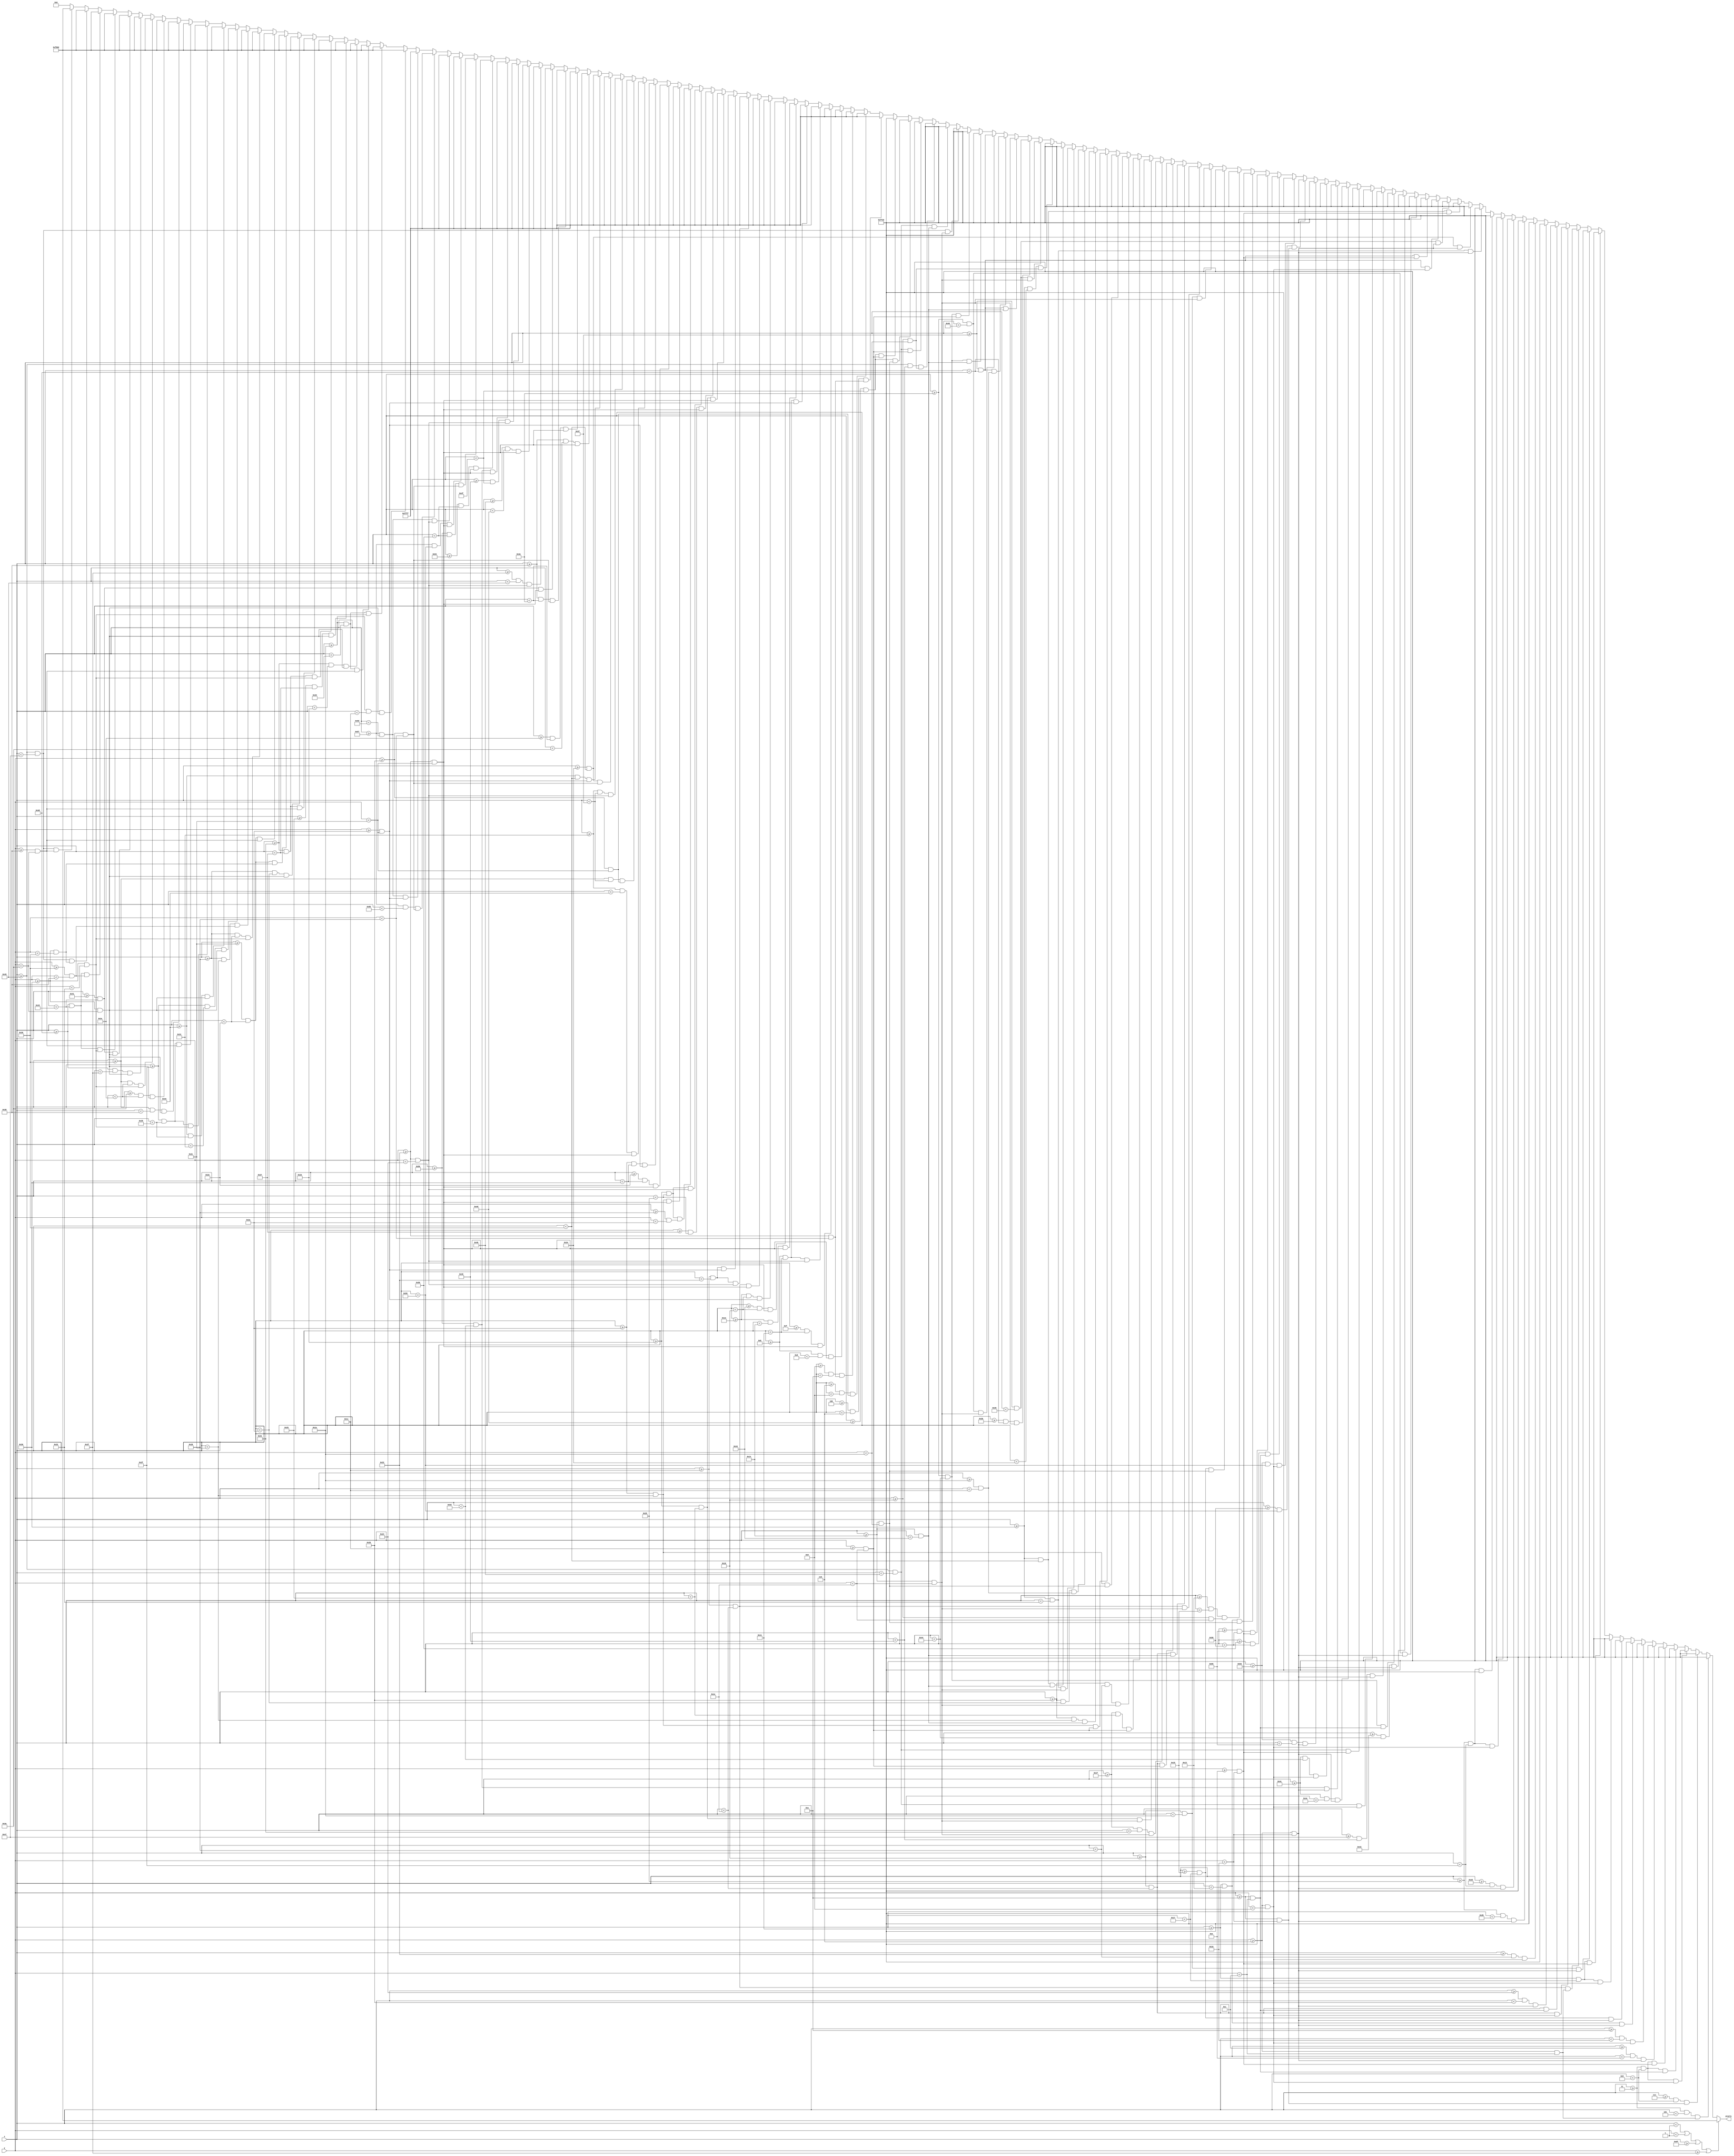
`timescale 1ns / 1ps
//////////////////////////////////////////////////////////////////////////////////
// Company: 
// Engineer: 
// 
// Design Name: 
// Module Name: m4_death_scrn
// Project Name: 
// Target Devices: 
// Tool Versions: 
// Description: 
// 
// Dependencies: 
// 
// Revision:
// Revision 0.01 - File Created
// Additional Comments:
// 
//////////////////////////////////////////////////////////////////////////////////


module m4_death_scrn(
    input [6:0] x,
    input [5:0] y,
    output reg [15:0] pixels
    );
    
    always @ (*) begin
             if (x < 1 || y < 1 || x >= 95 || y >= 63)                  pixels = 16'hF800;

//        Final boss death
        else if ((x >= 3 && x < 3+2)   && (y >= 6 && y < 6+6))          pixels = 16'hFFE0;  
        else if ((x >= 3+4 && x < 3+6) && (y >= 6+4 && y < 6+10))       pixels = 16'hFFE0;  
        else if ((x >= 3 && x < 3+6)   && (y >= 6 && y < 6+2))          pixels = 16'hFFE0;  
        else if ((x >= 3 && x < 3+6)   && (y >= 6+4 && y < 6+6))        pixels = 16'hFFE0;  
        else if ((x >= 3 && x < 3+6)   && (y >= 6+8 && y < 6+10))       pixels = 16'hFFE0;  
        else if ((x >= 10+2 && x < 10+4) && (y >= 6 && y < 6+10))       pixels = 16'hFFE0;  
        else if ((x >= 10 && x < 10+6)   && (y >= 6 && y < 6+2))        pixels = 16'hFFE0;  
        else if ((x >= 17 && x < 17+2)   && (y >= 6 && y < 6+10))       pixels = 16'hFFE0;  
        else if ((x >= 17+4 && x < 17+6) && (y >= 6 && y < 6+10))       pixels = 16'hFFE0;  
        else if ((x >= 17 && x < 17+6)   && (y >= 6 && y < 6+2))        pixels = 16'hFFE0;  
        else if ((x >= 17 && x < 17+6)   && (y >= 6+8 && y < 6+10))     pixels = 16'hFFE0;  
        else if ((x >= 24 && x < 24+2)   && (y >= 6 && y < 6+10))       pixels = 16'hFFE0;  
        else if ((x >= 24+4 && x < 24+6) && (y >= 6 && y < 6+6))        pixels = 16'hFFE0;  
        else if ((x >= 24 && x < 24+6)   && (y >= 6 && y < 6+2))        pixels = 16'hFFE0;  
        else if ((x >= 24 && x < 24+6)   && (y >= 6+4 && y < 6+6))      pixels = 16'hFFE0;  
        else if ((x >= 34+2 && x < 34+4) && (y >= 6 && y < 6+10))       pixels = 16'hFFE0;  
        else if ((x >= 34 && x < 34+6)   && (y >= 6 && y < 6+2))        pixels = 16'hFFE0;  
        else if ((x >= 41 && x < 41+2)   && (y >= 6 && y < 6+10))       pixels = 16'hFFE0;  
        else if ((x >= 41+4 && x < 41+6) && (y >= 6 && y < 6+10))       pixels = 16'hFFE0;  
        else if ((x >= 41 && x < 41+6)   && (y >= 6 && y < 6+2))        pixels = 16'hFFE0;  
        else if ((x >= 41 && x < 41+6)   && (y >= 6+8 && y < 6+10))     pixels = 16'hFFE0;  
        else if ((x >= 48 && x < 48+2)   && (y >= 6 && y < 6+10))       pixels = 16'hFFE0;  
        else if ((x >= 48+4 && x < 48+6) && (y >= 6 && y < 6+10))       pixels = 16'hFFE0;  
        else if ((x >= 48 && x < 48+6)   && (y >= 6+8 && y < 6+10))     pixels = 16'hFFE0;  
        else if ((x >= 55 && x < 55+2)   && (y >= 6 && y < 6+10))       pixels = 16'hFFE0;  
        else if ((x >= 55 && x < 55+6)   && (y >= 6 && y < 6+2))        pixels = 16'hFFE0;  
        else if ((x >= 55 && x < 55+6)   && (y >= 6+8 && y < 6+10))     pixels = 16'hFFE0;  
        else if ((x >= 62 && x < 62+2)   && (y >= 6 && y < 6+10))       pixels = 16'hFFE0;  
        else if ((x >= 62+4 && x < 62+6) && (y >= 6 && y < 6+10))       pixels = 16'hFFE0;  
        else if ((x >= 62 && x < 62+6)   && (y >= 6+4 && y < 6+6))      pixels = 16'hFFE0;  
        else if ((x >= 69+2 && x < 69+4) && (y >= 6 && y < 6+10))       pixels = 16'hFFE0;  
        else if ((x >= 69 && x < 69+6)   && (y >= 6 && y < 6+2))        pixels = 16'hFFE0;  
        else if ((x >= 69 && x < 69+6)   && (y >= 6+8 && y < 6+10))     pixels = 16'hFFE0;  
        else if ((x >= 76 && x < 76+2)   && (y >= 6 && y < 6+10))       pixels = 16'hFFE0;  
        else if ((x >= 76+4 && x < 76+6) && (y >= 6 && y < 6+10))       pixels = 16'hFFE0;  
        else if ((x >= 76 && x < 76+6)   && (y >= 6 && y < 6+2))        pixels = 16'hFFE0;  
        else if ((x >= 83 && x < 83+2)   && (y >= 6 && y < 6+10))       pixels = 16'hFFE0;  
        else if ((x >= 83+5 && x < 83+6) && (y >= 6+4 && y < 6+10))     pixels = 16'hFFE0;  
        else if ((x >= 83 && x < 83+6)   && (y >= 6 && y < 6+2))        pixels = 16'hFFE0;  
        else if ((x >= 83+3 && x < 83+5) && (y >= 6+4 && y < 6+6))      pixels = 16'hFFE0;  
        else if ((x >= 83+2 && x < 83+5) && (y >= 6+8 && y < 6+10))     pixels = 16'hFFE0;  
        else if ((x >= 17   && x < 17+2) && (y >= 20   && y < 20+6))    pixels = 16'hFFE0;  
        else if ((x >= 17+2 && x < 17+4) && (y >= 20+4 && y < 20+10))   pixels = 16'hFFE0;  
        else if ((x >= 17+4 && x < 17+6) && (y >= 20   && y < 20+6))    pixels = 16'hFFE0;  
        else if ((x >= 24 && x < 24+2)   && (y >= 20 && y < 20+10))     pixels = 16'hFFE0;  
        else if ((x >= 24+4 && x < 24+6) && (y >= 20 && y < 20+10))     pixels = 16'hFFE0;  
        else if ((x >= 24 && x < 24+6)   && (y >= 20 && y < 20+2))      pixels = 16'hFFE0;
        else if ((x >= 24 && x < 24+6)   && (y >= 20+8 && y < 20+10))   pixels = 16'hFFE0;  
        else if ((x >= 31 && x < 31+2)   && (y >= 20 && y < 20+10))     pixels = 16'hFFE0;  
        else if ((x >= 31+4 && x < 31+6) && (y >= 20 && y < 20+10))     pixels = 16'hFFE0;  
        else if ((x >= 31 && x < 31+6)   && (y >= 20+8 && y < 20+10))   pixels = 16'hFFE0;  
        else if ((x >= 38 && x < 38+2)   && (y >= 20 && y < 20+10))     pixels = 16'hFFE0;  
        else if ((x >= 38+4 && x < 38+6) && (y >= 20 && y < 20+6))      pixels = 16'hFFE0;  
        else if ((x >= 38+4 && x < 38+6) && (y >= 20+8 && y < 20+10))   pixels = 16'hFFE0;  
        else if ((x >= 38 && x < 38+6)   && (y >= 20 && y < 20+2))      pixels = 16'hFFE0;  
        else if ((x >= 38 && x < 38+4)   && (y >= 20+6 && y < 20+8))    pixels = 16'hFFE0;  
        else if ((x >= 48 && x < 48+2)   && (y >= 20 && y < 20+10))     pixels = 16'hFFE0;  
        else if ((x >= 48 && x < 48+6)   && (y >= 20 && y < 20+2))      pixels = 16'hFFE0;  
        else if ((x >= 48 && x < 48+4)   && (y >= 20+4 && y < 20+6))    pixels = 16'hFFE0;  
        else if ((x >= 55 && x < 55+2)   && (y >= 20 && y < 20+10))     pixels = 16'hFFE0;  
        else if ((x >= 55+4 && x < 55+6) && (y >= 20 && y < 20+10))     pixels = 16'hFFE0;  
        else if ((x >= 55 && x < 55+6)   && (y >= 20 && y < 20+2))      pixels = 16'hFFE0;  
        else if ((x >= 55 && x < 55+6)   && (y >= 20+6 && y < 20+8))    pixels = 16'hFFE0;  
        else if ((x >= 62 && x < 62+2)   && (y >= 20 && y < 20+10))     pixels = 16'hFFE0;  
        else if ((x >= 62 && x < 62+6)   && (y >= 20 && y < 20+2))      pixels = 16'hFFE0;  
        else if ((x >= 62 && x < 62+6)   && (y >= 20+8 && y < 20+10))   pixels = 16'hFFE0;  
        else if ((x >= 69 && x < 69+2)   && (y >= 20 && y < 20+10))     pixels = 16'hFFE0;  
        else if ((x >= 69 && x < 69+6)   && (y >= 20 && y < 20+2))      pixels = 16'hFFE0;  
        else if ((x >= 69 && x < 69+4)   && (y >= 20+4 && y < 20+6))    pixels = 16'hFFE0;  
        else if ((x >= 69 && x < 69+6)   && (y >= 20+8 && y < 20+10))   pixels = 16'hFFE0;  
        else if ((x >= 77 && x < 77+2) && (y >= 20   && y < 20+6))      pixels = 16'hFFE0;  
        else if ((x >= 77 && x < 77+2) && (y >= 20+8 && y < 20+10))     pixels = 16'hFFE0;  
        else if ((x >= 4   && x < 4+2) && (y >= 34   && y < 34+6))      pixels = 16'hFFFF;  
        else if ((x >= 4+2 && x < 4+4) && (y >= 34+4 && y < 34+10))     pixels = 16'hFFFF;  
        else if ((x >= 4+4 && x < 4+6) && (y >= 34   && y < 34+6))      pixels = 16'hFFFF;  
        else if ((x >= 11 && x < 11+2)   && (y >= 34 && y < 34+10))     pixels = 16'hFFFF;  
        else if ((x >= 11+4 && x < 11+6) && (y >= 34 && y < 34+10))     pixels = 16'hFFFF;  
        else if ((x >= 11 && x < 11+6)   && (y >= 34 && y < 34+2))      pixels = 16'hFFFF;  
        else if ((x >= 11 && x < 11+6)   && (y >= 34+8 && y < 34+10))   pixels = 16'hFFFF;  
        else if ((x >= 18 && x < 18+2)   && (y >= 34 && y < 34+10))     pixels = 16'hFFFF;  
        else if ((x >= 18+4 && x < 18+6) && (y >= 34 && y < 34+10))     pixels = 16'hFFFF;  
        else if ((x >= 18 && x < 18+6)   && (y >= 34+8 && y < 34+10))   pixels = 16'hFFFF;  
        else if ((x >= 28 && x < 28+2)   && (y >= 34 && y < 34+10))     pixels = 16'hFFFF;  
        else if ((x >= 28 && x < 28+6)   && (y >= 34 && y < 34+2))      pixels = 16'hFFFF;  
        else if ((x >= 28 && x < 28+6)   && (y >= 34+8 && y < 34+10))   pixels = 16'hFFFF;  
        else if ((x >= 35 && x < 35+2)   && (y >= 34 && y < 34+10))     pixels = 16'hFFFF;  
        else if ((x >= 35+4 && x < 35+6) && (y >= 34 && y < 34+10))     pixels = 16'hFFFF;  
        else if ((x >= 35 && x < 35+6)   && (y >= 34 && y < 34+2))      pixels = 16'hFFFF;  
        else if ((x >= 35 && x < 35+6)   && (y >= 34+6 && y < 34+8))    pixels = 16'hFFFF;  
        else if ((x >= 42 && x < 42+2)   && (y >= 34 && y < 34+10))     pixels = 16'hFFFF;  
        else if ((x >= 42+4 && x < 42+6) && (y >= 34 && y < 34+10))     pixels = 16'hFFFF;  
        else if ((x >= 42 && x < 42+6)   && (y >= 34+8 && y < 34+10))   pixels = 16'hFFFF;  
        else if ((x >= 49 && x < 49+2)   && (y >= 34 && y < 34+10))     pixels = 16'hFFFF;  
        else if ((x >= 49+5 && x < 49+6) && (y >= 34+4 && y < 34+10))   pixels = 16'hFFFF;  
        else if ((x >= 49 && x < 49+6)   && (y >= 34 && y < 34+2))      pixels = 16'hFFFF;
        else if ((x >= 49+3 && x < 49+5) && (y >= 34+4 && y < 34+6))    pixels = 16'hFFFF;  
        else if ((x >= 49+2 && x < 49+5) && (y >= 34+8 && y < 34+10))   pixels = 16'hFFFF;  
        else if ((x >= 56 && x < 56+2)   && (y >= 34 && y < 34+10))     pixels = 16'hFFFF;  
        else if ((x >= 56+4 && x < 56+6) && (y >= 34 && y < 34+10))     pixels = 16'hFFFF;  
        else if ((x >= 56 && x < 56+6)   && (y >= 34+4 && y < 34+6))    pixels = 16'hFFFF;  
        else if ((x >= 63+2 && x < 63+4) && (y >= 34 && y < 34+10))     pixels = 16'hFFFF;  
        else if ((x >= 63 && x < 63+6)   && (y >= 34 && y < 34+2))      pixels = 16'hFFFF;  
        else if ((x >= 73+2 && x < 73+4) && (y >= 34 && y < 34+10))     pixels = 16'hFFFF;  
        else if ((x >= 73 && x < 73+6)   && (y >= 34 && y < 34+2))      pixels = 16'hFFFF;  
        else if ((x >= 80 && x < 80+2)   && (y >= 34 && y < 34+10))     pixels = 16'hFFFF;  
        else if ((x >= 80+4 && x < 80+6) && (y >= 34 && y < 34+10))     pixels = 16'hFFFF;  
        else if ((x >= 80 && x < 80+6)   && (y >= 34+4 && y < 34+6))    pixels = 16'hFFFF;  
        else if ((x >= 87 && x < 87+2)   && (y >= 34 && y < 34+10))     pixels = 16'hFFFF;  
        else if ((x >= 87 && x < 87+6)   && (y >= 34 && y < 34+2))      pixels = 16'hFFFF;  
        else if ((x >= 87 && x < 87+4)   && (y >= 34+4 && y < 34+6))    pixels = 16'hFFFF;  
        else if ((x >= 87 && x < 87+6)   && (y >= 34+8 && y < 34+10))   pixels = 16'hFFFF;  
        else if ((x >= 26 && x < 26+2)   && (y >= 48 && y < 48+10))     pixels = 16'hF800;  
        else if ((x >= 26 && x < 26+6)   && (y >= 48 && y < 48+2))      pixels = 16'hF800;  
        else if ((x >= 26 && x < 26+6)   && (y >= 48+8 && y < 48+10))   pixels = 16'hF800;  
        else if ((x >= 33 && x < 33+2)   && (y >= 48 && y < 48+10))     pixels = 16'hF800;  
        else if ((x >= 33+4 && x < 33+6) && (y >= 48 && y < 48+10))     pixels = 16'hF800;  
        else if ((x >= 33 && x < 33+6)   && (y >= 48 && y < 48+2))      pixels = 16'hF800;  
        else if ((x >= 33 && x < 33+6)   && (y >= 48+8 && y < 48+10))   pixels = 16'hF800;  
        else if ((x >= 40 && x < 40+2)   && (y >= 48 && y < 48+10))     pixels = 16'hF800;  
        else if ((x >= 40+4 && x < 40+6) && (y >= 48 && y < 48+6))      pixels = 16'hF800;  
        else if ((x >= 40+4 && x < 40+6) && (y >= 48+8 && y < 48+10))   pixels = 16'hF800;  
        else if ((x >= 40 && x < 40+6)   && (y >= 48 && y < 48+2))      pixels = 16'hF800;  
        else if ((x >= 40 && x < 40+4)   && (y >= 48+6 && y < 48+8))    pixels = 16'hF800;  
        else if ((x >= 47 && x < 47+2)   && (y >= 48 && y < 48+10))     pixels = 16'hF800;  
        else if ((x >= 47+4 && x < 47+6) && (y >= 48 && y < 48+10))     pixels = 16'hF800;  
        else if ((x >= 47 && x < 47+6)   && (y >= 48 && y < 48+2))      pixels = 16'hF800;  
        else if ((x >= 47 && x < 47+6)   && (y >= 48+8 && y < 48+10))   pixels = 16'hF800;  
        else if ((x >= 54 && x < 54+2)   && (y >= 48 && y < 48+10))     pixels = 16'hF800;  
        else if ((x >= 54+4 && x < 54+6) && (y >= 48 && y < 48+10))     pixels = 16'hF800;  
        else if ((x >= 54 && x < 54+6)   && (y >= 48 && y < 48+2))      pixels = 16'hF800;  
        else if ((x >= 61 && x < 61+2)   && (y >= 48 && y < 48+10))     pixels = 16'hF800;  
        else if ((x >= 61+4 && x < 61+6) && (y >= 48 && y < 48+10))     pixels = 16'hF800;  
        else if ((x >= 61 && x < 61+6)   && (y >= 48 && y < 48+2))      pixels = 16'hF800;  
        else if ((x >= 61 && x < 61+6)   && (y >= 48+6 && y < 48+8))    pixels = 16'hF800;  
        else if ((x >= 69 && x < 69+2) && (y >= 48   && y < 48+6))      pixels = 16'hF800;  
        else if ((x >= 69 && x < 69+2) && (y >= 48+8 && y < 48+10))     pixels = 16'hF800;
        else pixels = 16'h0000;
    end

endmodule